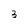
Character: 3